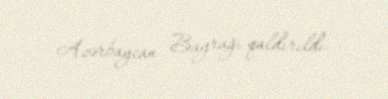
Azərbaycan Bayrağı qaldırıldı.